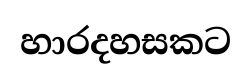
හාරදහසකට